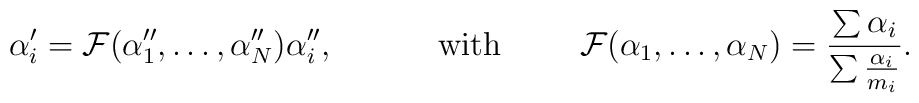
\alpha'_i = {\cal{F}}(\alpha''_1, \ldots , \alpha''_N) \alpha''_i,\hspace{13mm} \mbox{with} \hspace{10mm}{\cal{F}}(\alpha_1, \ldots , \alpha_N)= \frac{\sum\alpha_i}{\sum\frac{\alpha_i}{m_i}} .